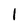
Character: l